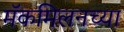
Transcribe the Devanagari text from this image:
मॅकमिलनच्या